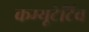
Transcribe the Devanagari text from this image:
कम्यूटेटिव